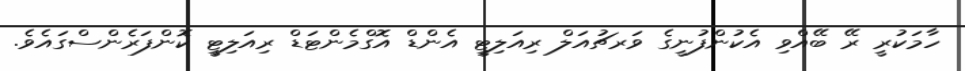
ހާމަކުރީ ރޭ ބޭއްވި އެކުންފުނީގެ ވަރޗުއަލް ރިއަލިޓީ އެންޑް އޮގްމެންޓަޑް ރިއަލިޓީ ކޮންފަރެންސްގައެވެ.